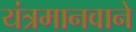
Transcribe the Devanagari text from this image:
यंत्रमानवाने